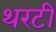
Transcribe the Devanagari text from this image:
थरटी